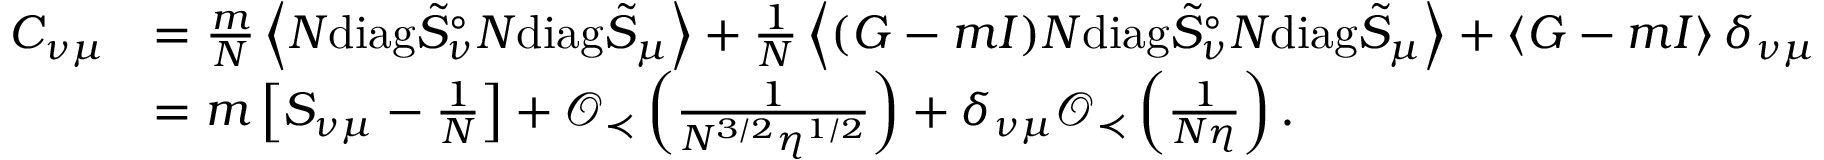
\begin{array} { r l } { C _ { \nu \mu } } & { = \frac { m } { N } \left\langle { N \mathrm { d i a g } \tilde { S } _ { \nu } ^ { \circ } N \mathrm { d i a g } \tilde { S } _ { \mu } } \right\rangle + \frac { 1 } { N } \left\langle { ( G - m I ) N \mathrm { d i a g } \tilde { S } _ { \nu } ^ { \circ } N \mathrm { d i a g } \tilde { S } _ { \mu } } \right\rangle + \left\langle { G - m I } \right\rangle \delta _ { \nu \mu } } \\ & { = m \left[ S _ { \nu \mu } - \frac { 1 } { N } \right] + \mathcal O _ { \prec } \left( \frac { 1 } { N ^ { 3 / 2 } \eta ^ { 1 / 2 } } \right) + \delta _ { \nu \mu } \mathcal O _ { \prec } \left( \frac { 1 } { N \eta } \right) . } \end{array}